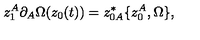
z _ { 1 } ^ { A } \partial _ { A } \Omega ( z _ { 0 } ( t ) ) = z _ { 0 A } ^ { * } \{ z _ { 0 } ^ { A } , \Omega \} ,